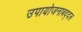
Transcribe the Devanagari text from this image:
उपायोजनाबद्दल